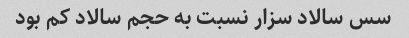
سس سالاد سزار نسبت به حجم سالاد کم بود